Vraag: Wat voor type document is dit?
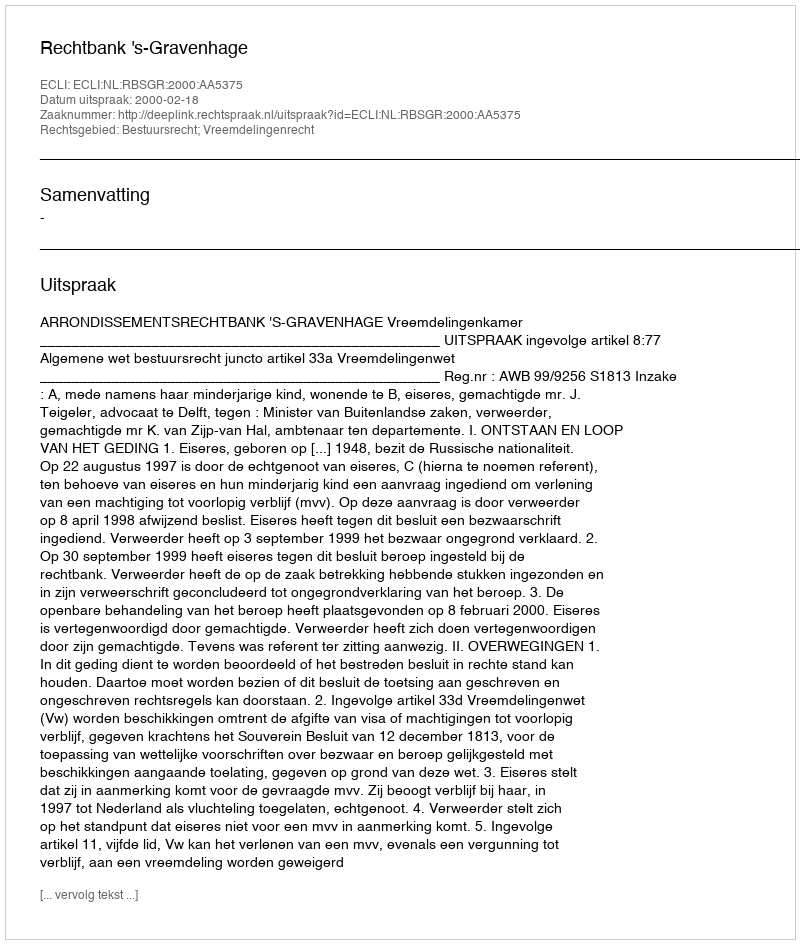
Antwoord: Uitspraak